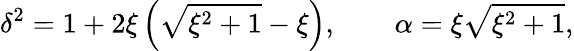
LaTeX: \delta^{2}=1+2\xi\left(\sqrt{\xi^{2}+1}-\xi\right),\qquad\alpha=\xi\sqrt{\xi^{2}+1},